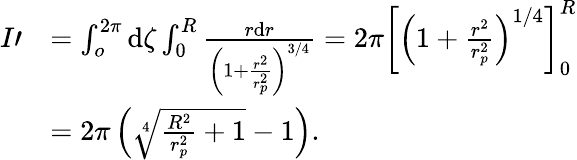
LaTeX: \begin{array}{rl}{I\prime}&{=\int_{o}^{2\pi}\mathrm{d}\zeta\int_{0}^{R}\frac{r\mathrm{d}r}{\left(1+\frac{r^{2}}{r_{p}^{2}}\right)^{3/4}}=2\pi\left[\left(1+\frac{r^{2}}{r_{p}^{2}}\right)^{1/4}\right]_{0}^{R}}\\ &{=2\pi\left(\sqrt[4]{\frac{R^{2}}{r_{p}^{2}}+1}-1\right).}\end{array}